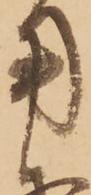
用